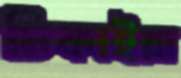
ঢিকাইয়া